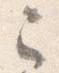
已